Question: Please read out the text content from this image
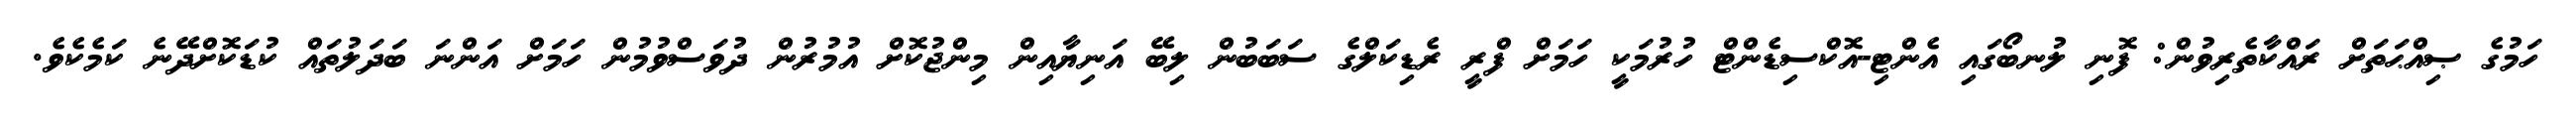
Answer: ހަމުގެ ޞިއްޙަތަށް ރައްކާތެރިވުން: ފޮނި ލުނބޯގައި އެންޓި-އޮކްސިޑެންޓް ހުރުމަކީ ހަމަށް ފްރީ ރެޑިކަލްގެ ސަބަބުން ލިބޭ އަނިޔާއިން މިންޖުކޮށް އުމުރުން ދުވަސްވުމުން ހަމަށް އަންނަ ބަދަލުތައް ކުޑަކޮށްދޭނެ ކަމެކެވެ.